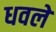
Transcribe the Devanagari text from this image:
धवलें